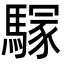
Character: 𩥃